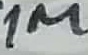
Text: 1M